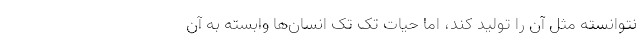
نتوانسته مثل آن را تولید کند، اما حیات تک تک انسان‌ها وابسته به آن